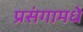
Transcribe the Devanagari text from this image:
प्रसंगामधे